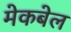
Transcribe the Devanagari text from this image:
मेकबेल